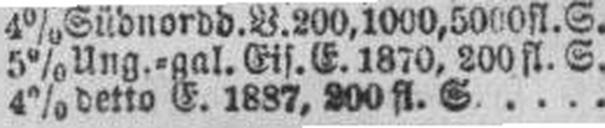
4% detto E. 1887, 200 fl. S.